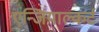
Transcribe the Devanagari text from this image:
एन्जियाल्कर्ट